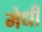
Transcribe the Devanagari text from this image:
मेधी